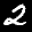
Label: 2